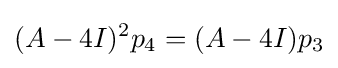
(A-4I)^{2}p_{4}=(A-4I)p_{3}